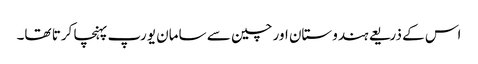
اس کے ذریعے ہندوستان اور چین سے سامان یورپ پہنچا کرتا تھا۔